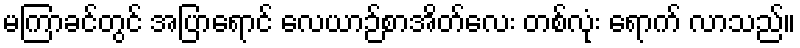
မကြာခင်တွင် အပြာရောင် လေယာဉ်စာအိတ်လေး တစ်လုံး ရောက် လာသည်။